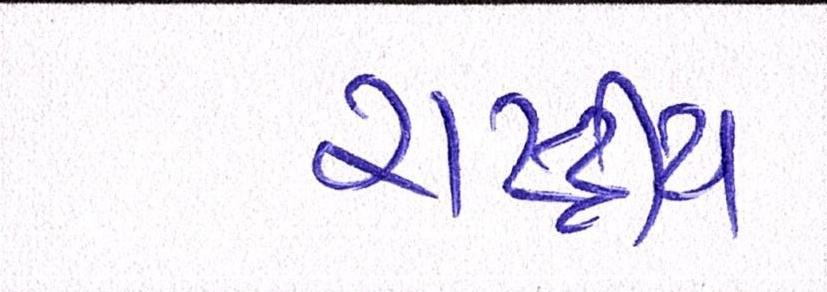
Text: રાષ્ટ્રીય